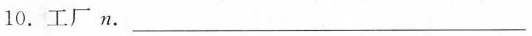
10. 工厂 n. ___